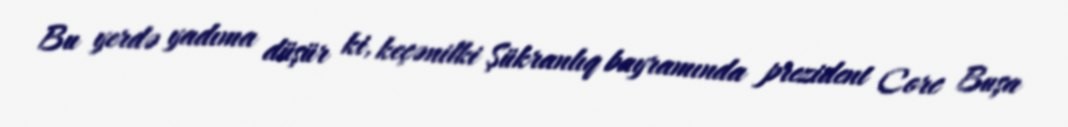
Bu yerdə yadıma düşür ki, keçənilki Şükranlıq bayramında prezident Corc Buşa